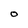
Character: O